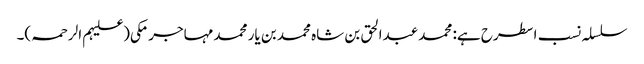
سلسلہ نسب اسطرح ہے: محمد عبدالحق بن شاہ محمد بن یار محمد مہاجر مکی(علیہم الرحمہ)۔